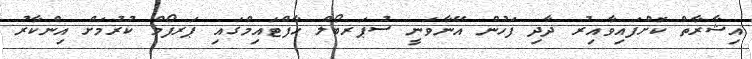
އިޝާރާތް ކޮށްފައިވާއިރު ދާދި ފަހުން އޭނާވަނީ ސުޕަރބޯލް ހާފްޓައިމްގައި ޕަރފޯމް ކުރުމަށް އިންކާރު